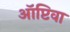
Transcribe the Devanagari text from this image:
ऑप्टिवा